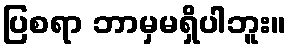
ပြစရာ ဘာမှမရှိပါဘူး။